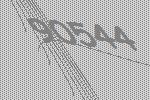
90544